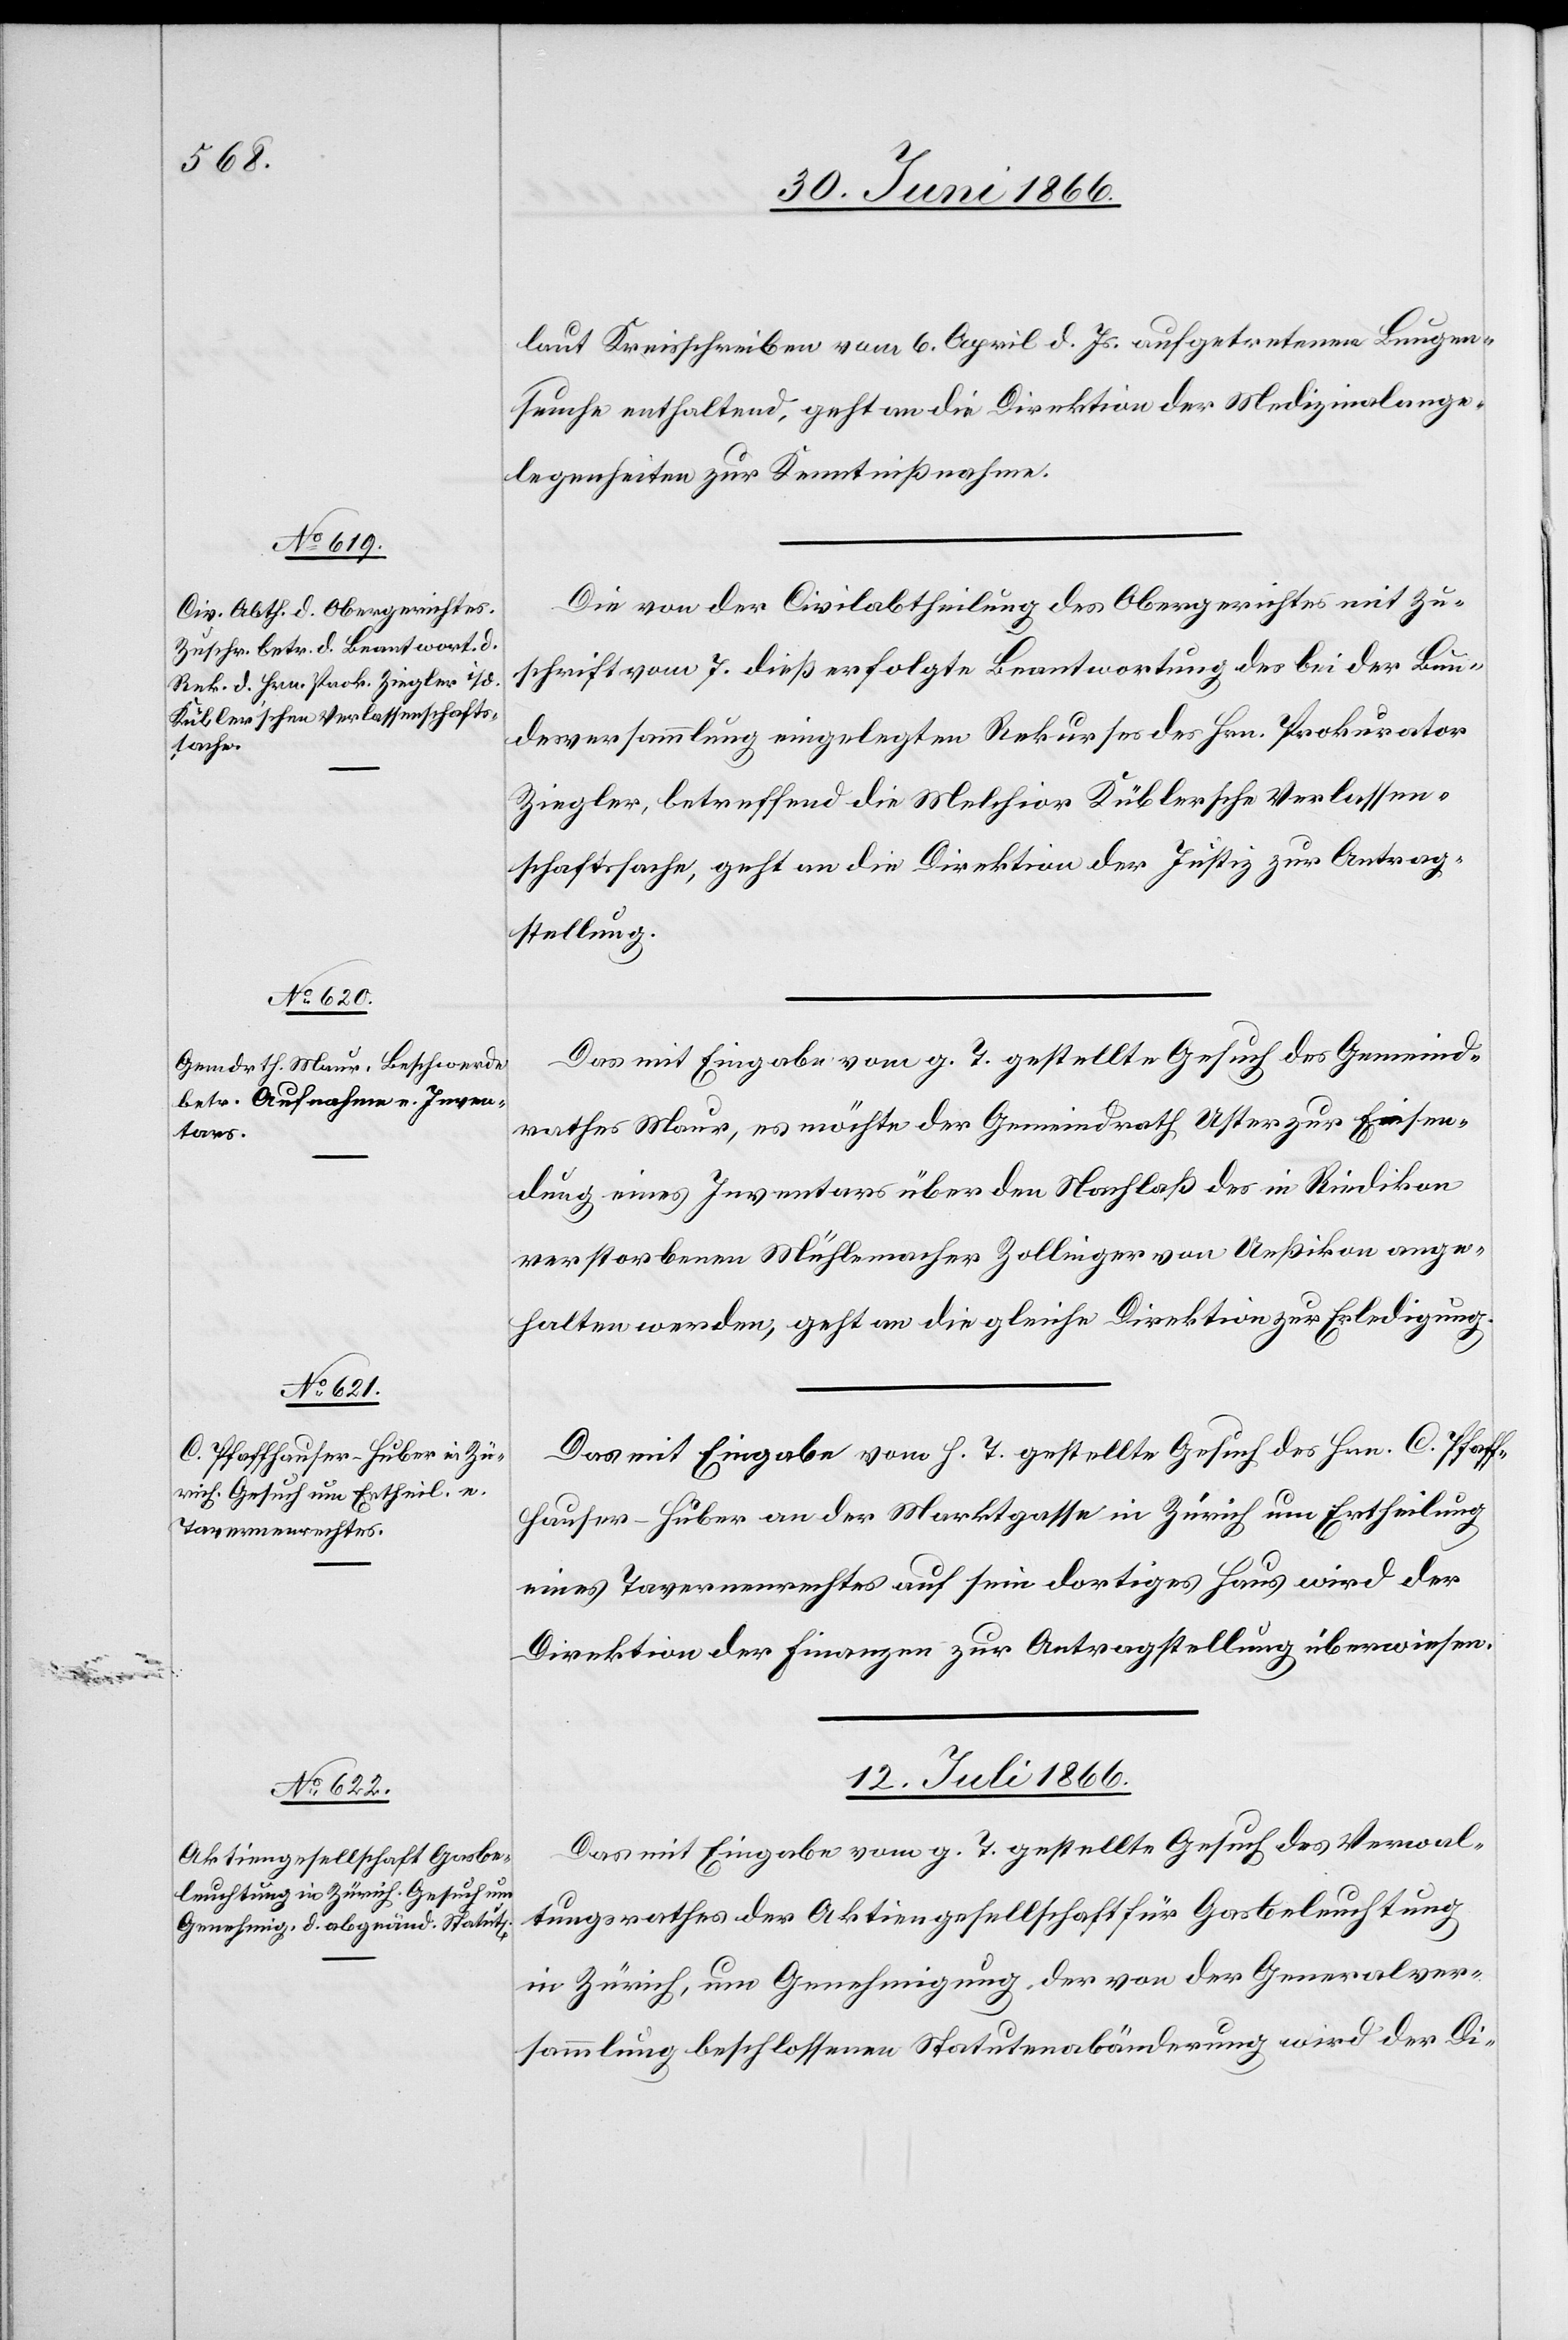
laut Kreisschreiben vom 6. April d. Js. aufgetretenen Lungen¬
seuche enthaltend, geht an die Direktion der Medizinalange¬
legenheiten zur Kenntnißnahme.
Die von der Civilabtheilung des Obergerichtes mit Zu¬
schrift vom 7. dieß erfolgte Beantwortung des bei der Bun¬
desversammlung eingelegten Rekurses des Hrn. Prokurator
Ziegler, betreffend die Melchior Küblersche Verlassen¬
schaftssache, geht an die Direktion der Justiz zur Antrag¬
stellung.
Das mit Eingabe vom g. T. gestellte Gesuch des Gemeind¬
rathes Maur, es möchte der Gemeindrath Uster zur Einsen¬
dung eines Inventars über den Nachlaß des in Riedikon
verstorbenen Mühlemacher Zollinger von Uessikon ange¬
halten werden, geht an die gleiche Direktion zur Erledigung.
12. Juli 1866.
Das mit Eingabe vom g. T. gestellte Gesuch der Verwal¬
tungsrathes der Aktiengesellschaft für Gasbeleuchtung
in Zürich, um Genehmigung der von der Generalver¬
sammlung beschlossenen Statutenabänderung wird der Di-